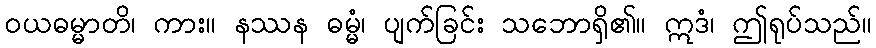
ဝယဓမ္မာတိ၊ ကား။ နဿန ဓမ္မံ၊ ပျက်ခြင်း သဘောရှိ၏။ ဣဒံ၊ ဤရုပ်သည်။